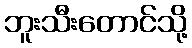
ဘူးသီးတောင်သို့